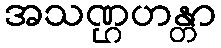
အသဏ္ဌဟန္တာ